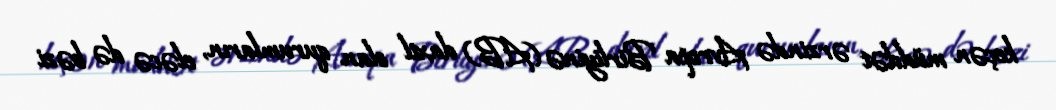
keçən müddət ərzində Avropa Birliyinə (AB) daxil olan qurumların, eləcə də bəzi